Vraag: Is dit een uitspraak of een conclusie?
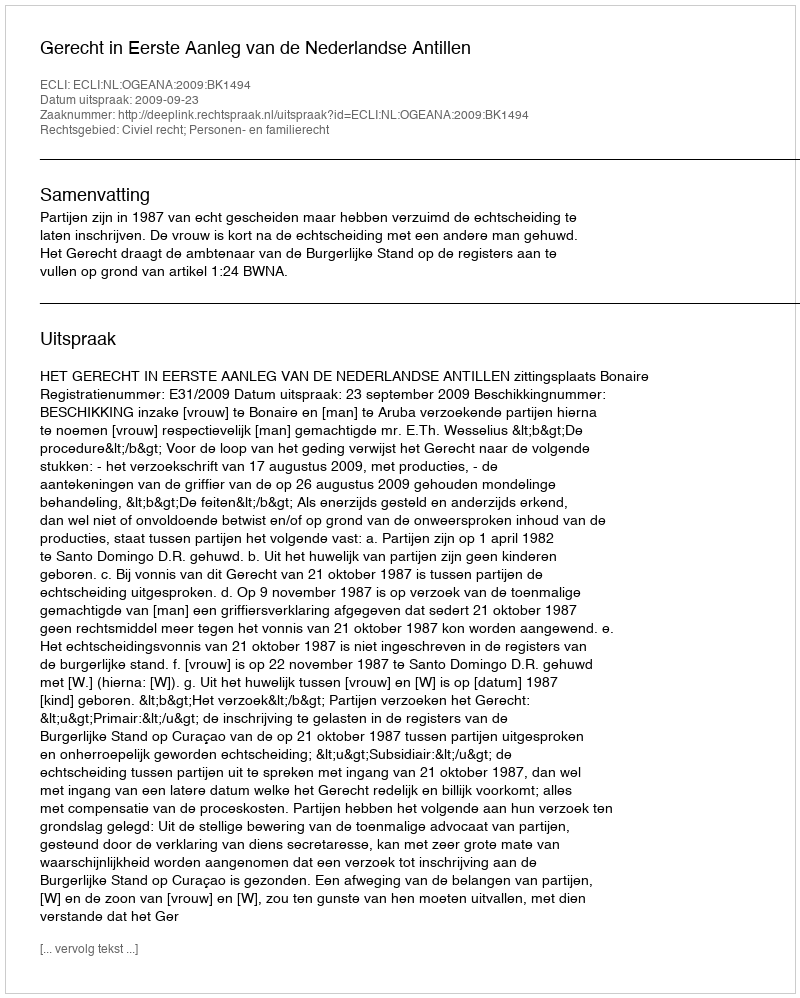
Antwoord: Uitspraak